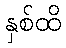
နှစ်ထိ